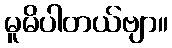
မူမိပါတယ်ဗျာ။